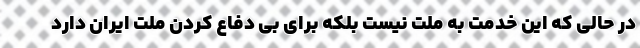
در حالی که این خدمت به ملت نیست بلکه برای بی دفاع کردن ملت ایران دارد